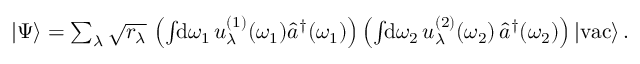
\begin{array} { r } { | \Psi \rangle = \sum _ { \lambda } \sqrt { r _ { \lambda } } \, \left( \int \! \! \mathrm { d } \omega _ { 1 } \, u _ { \lambda } ^ { ( 1 ) } ( \omega _ { 1 } ) \hat { a } ^ { \dagger } ( \omega _ { 1 } ) \right) \left( \int \! \! \mathrm { d } \omega _ { 2 } \, u _ { \lambda } ^ { ( 2 ) } ( \omega _ { 2 } ) \, \hat { a } ^ { \dagger } ( \omega _ { 2 } ) \right) | \mathrm { v a c } \rangle \, . } \end{array}